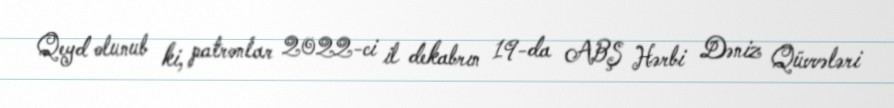
Qeyd olunub ki, patronlar 2022-ci il dekabrın 19-da ABŞ Hərbi Dəniz Qüvvələri